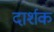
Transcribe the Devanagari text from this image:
दार्शक